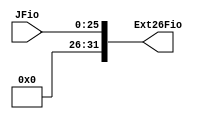
module ExtensorSinal26(input wire [25:0] JFio, output wire [31:0] Ext26Fio);

assign Ext26Fio = {6'd0, JFio[25:0]};

endmodule